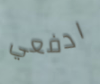
ادفعي